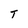
Character: T